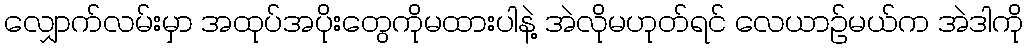
လျှောက်လမ်းမှာ အထုပ်အပိုးတွေကိုမထားပါနဲ့ အဲလိုမဟုတ်ရင် လေယာဉ်မယ်က အဲဒါကို